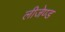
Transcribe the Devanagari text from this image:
लीजेण्ड